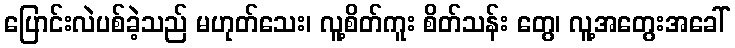
ပြောင်းလဲပစ်ခဲ့သည် မဟုတ်သေး၊ လူ့စိတ်ကူး စိတ်သန်း တွေ၊ လူ့အတွေးအခေါ်